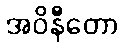
အဝိနီတော